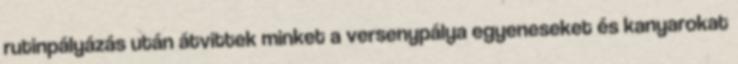
rutinpályázás után átvittek minket a versenypálya egyeneseket és kanyarokat